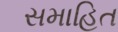
સમાહિત